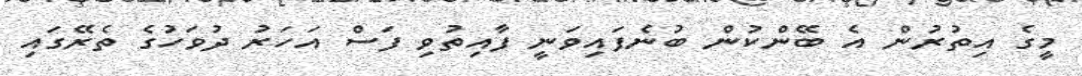
މީގެ އިތުރުން އެ ބޭންކުން ބުނެފައިވަނީ ފާއިތުވި ފަސް އަހަރު ދުވަހުގެ ތެރޭގައި